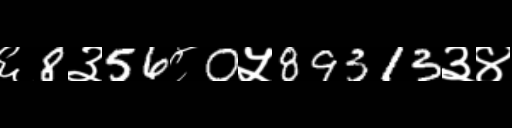
Text: ६8३56८0५89313३४